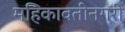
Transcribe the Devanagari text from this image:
महिकावतीनगरी